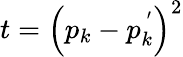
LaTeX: t=\left(p_{k}-p_{k}^{\, ^{\prime}}\right)^{2}